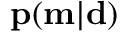
\mathbf { p } ( \mathbf { m } | \mathbf { d } )